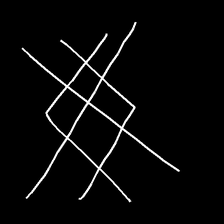
Glyph: crystal